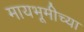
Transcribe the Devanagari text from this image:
मायभूमीच्या